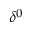
\delta ^ { 0 }